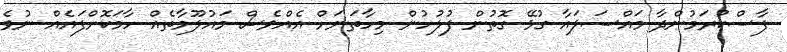
ފާސްކުރަމުންދާ މައްސަލައާ ގުޅޭ ގޮތުން ފުލުހުން މިހާތަނަށް އެއްވެސް މައުލޫމާތެއް ހާމަކޮށްފައެއް ނުވެ